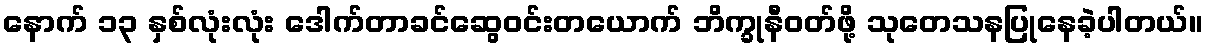
နောက် ၁၃ နှစ်လုံးလုံး ဒေါက်တာခင်ဆွေဝင်းတယောက် ဘိက္ခုနီဝတ်ဖို့ သုတေသနပြုနေခဲ့ပါတယ်။